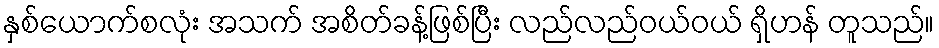
နှစ်ယောက်စလုံး အသက် အစိတ်ခန့်ဖြစ်ပြီး လည်လည်ဝယ်ဝယ် ရှိဟန် တူသည်။